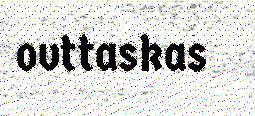
ovttaskas